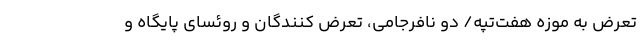
تعرض به موزه هفت‌تپه/ دو نافرجامی، تعرض کنندگان و روئسای پایگاه و